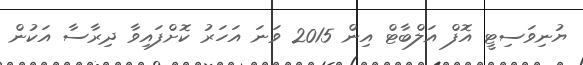
ޔުނިވަސިޓީ އޮފް އަލްބާޓް އިން 2015 ވަނަ އަހަރު ކޮށްފައިވާ ދިރާސާ އަކުން